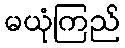
မယုံကြည်